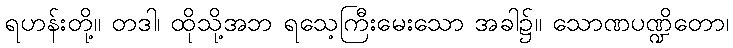
ရဟန်းတို့။ တဒါ၊ ထိုသို့အဘ ရသေ့ကြီးမေးသော အခါ၌။ သောဏပဏ္ဍိတော၊